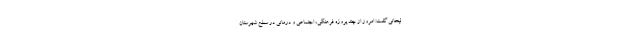
لیخانی گفت: امروز از چند پروژه فرهنگی، اجتماعی و درمانی در سطح شهرستان